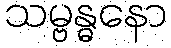
သမ္ဗန္ဓနော